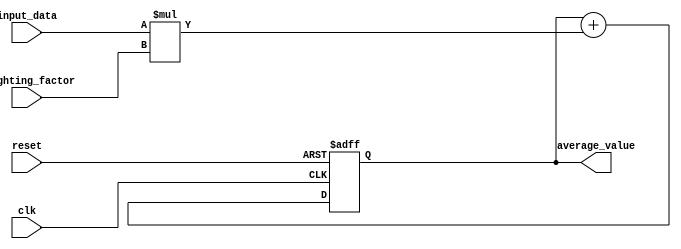
module exponential_moving_avg (
  input clk,
  input reset,
  input [7:0] input_data,
  input [7:0] weighting_factor,
  output reg [15:0] average_value
);

always @(posedge clk or posedge reset) begin
  if (reset) begin
    average_value <= 16'h0000;
  end else begin
    average_value <= average_value + (input_data * weighting_factor);
  end
end

endmodule